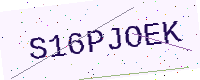
Text: S16PJOEK